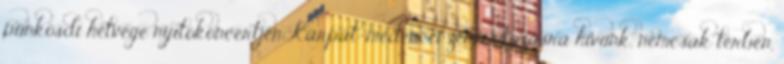
pünkösdi hétvége nyitókoncertjén Kárpát-medencei zenei utazásra hívunk, nemcsak térben,